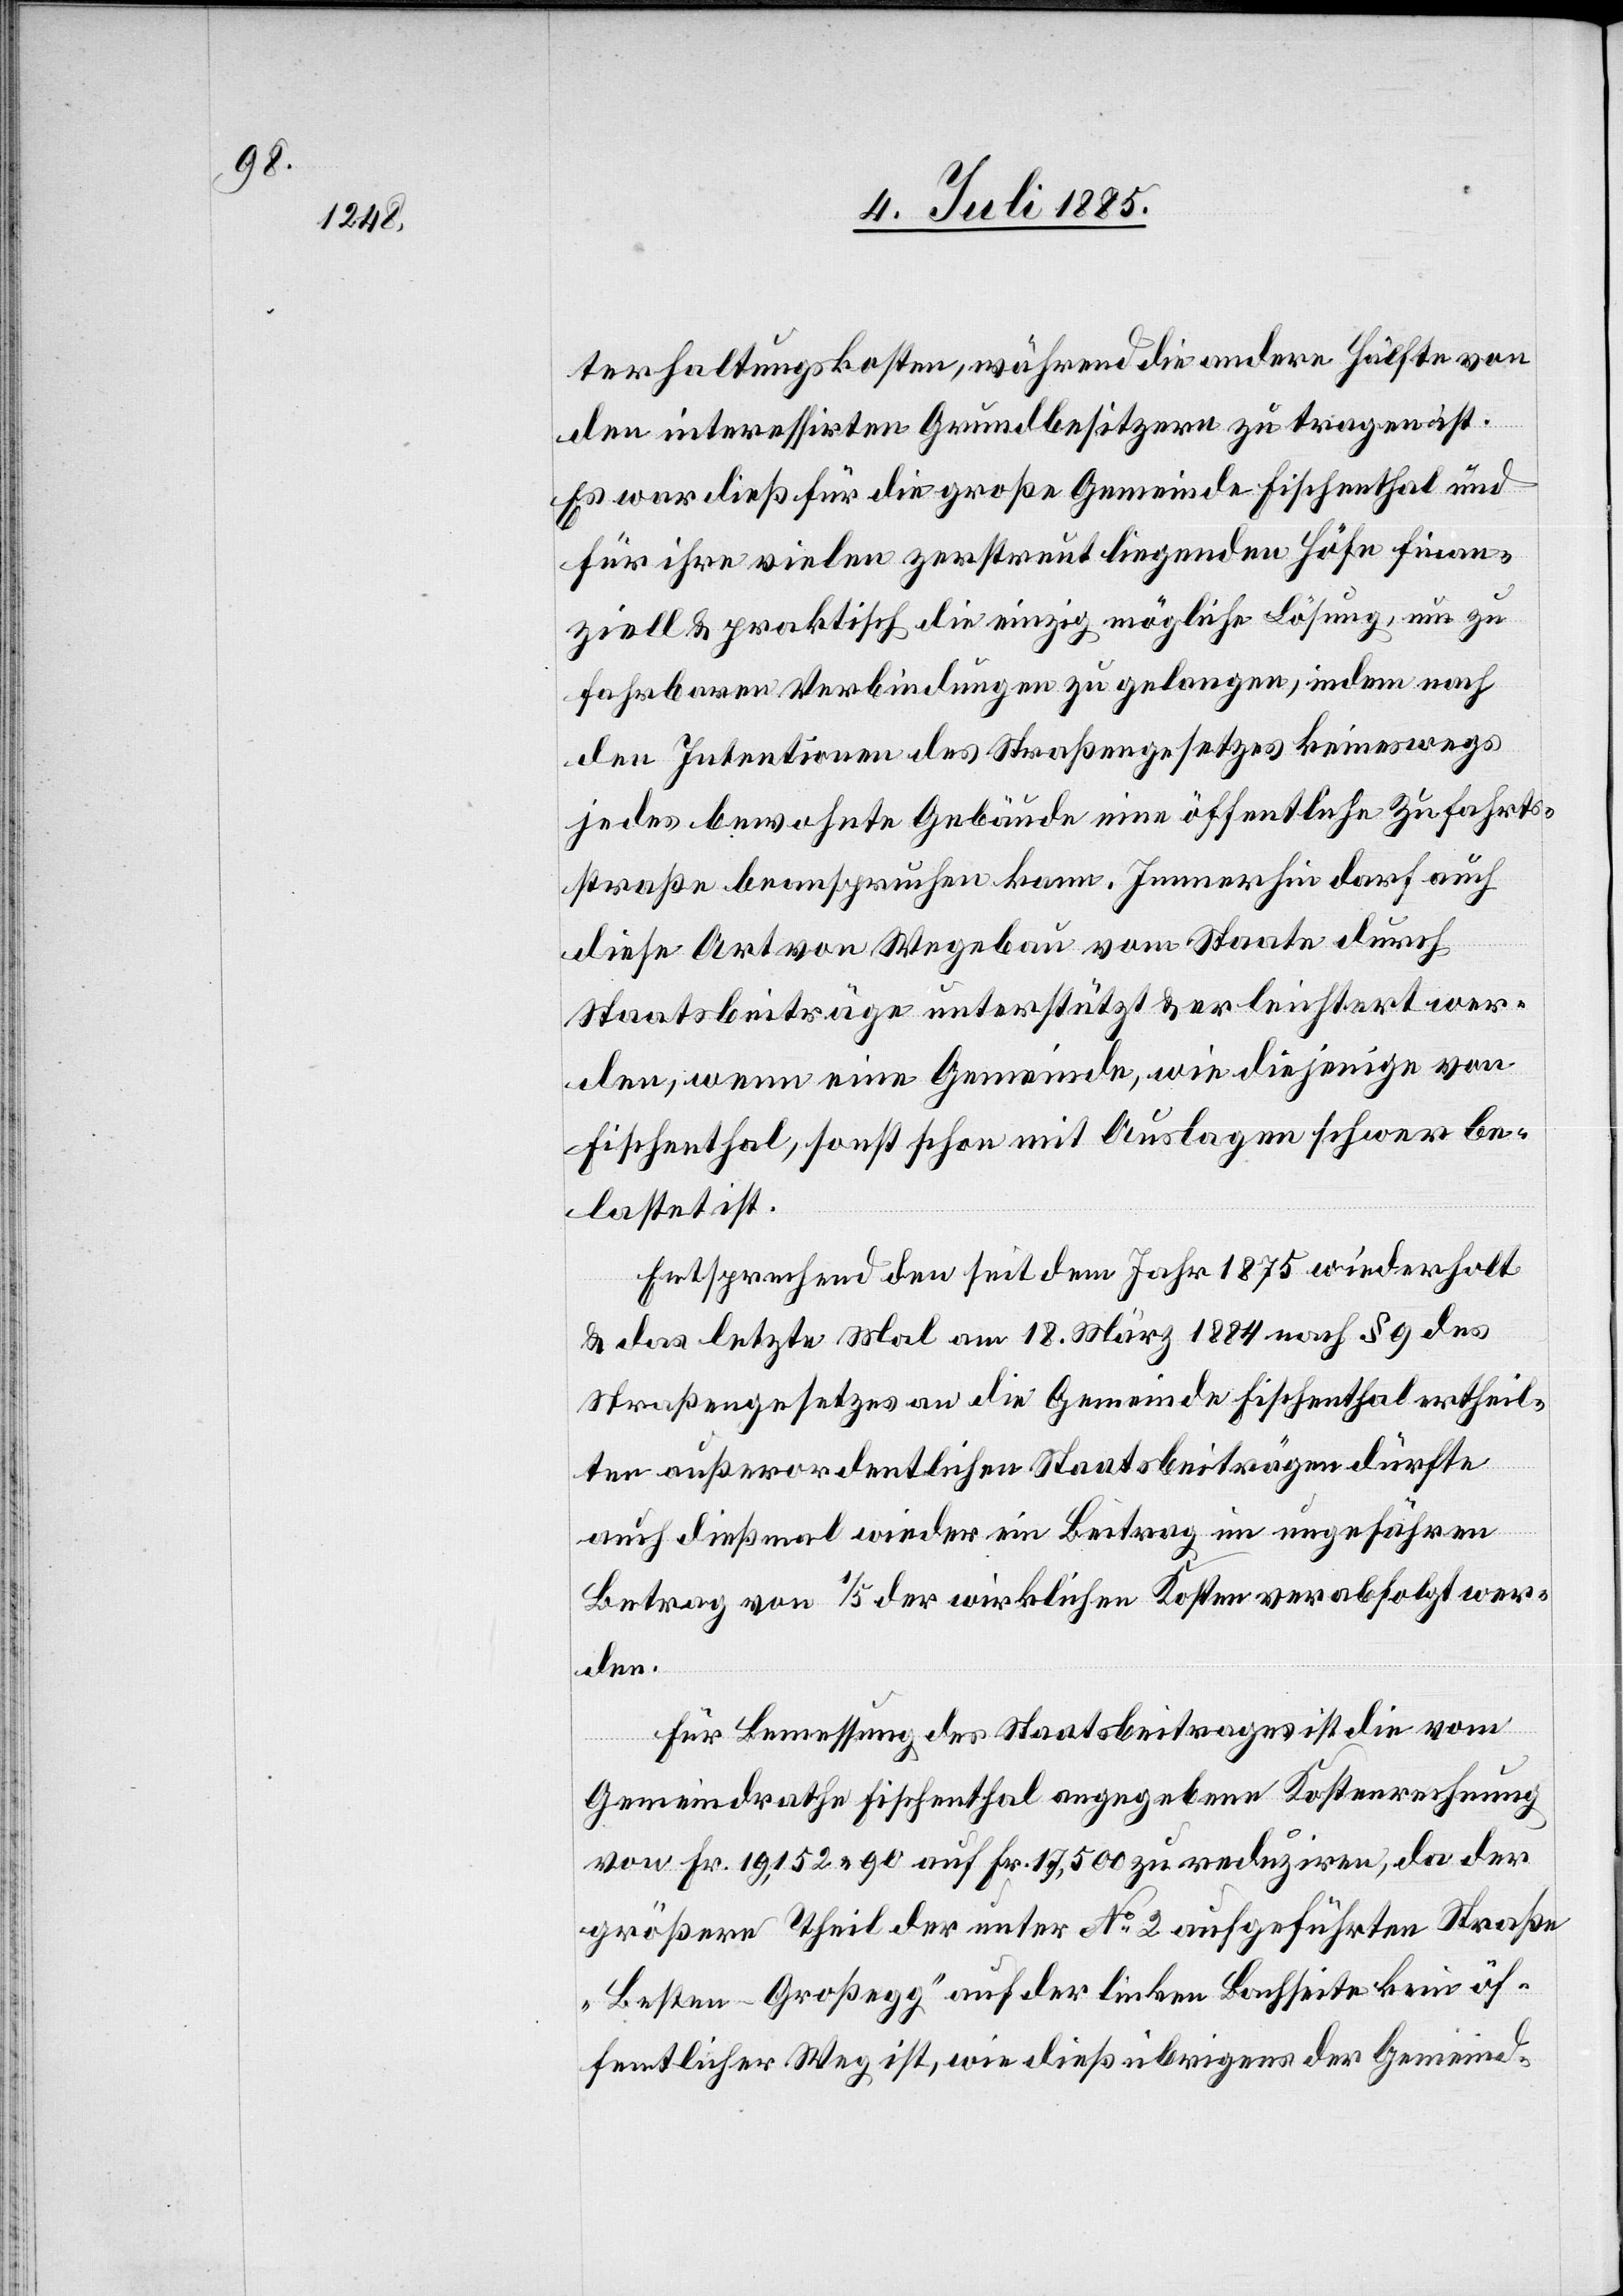
terhaltungskosten, während die andere Hälfte von
den interessirten Grundbesitzern zu tragen ist.
Es war dieß für die große Gemeinde Fischenthal und
für ihre vielen zerstreut liegenden Höfe finan¬
ziell & praktisch die einzig mögliche Lösung, um zu
fahrbaren Verbindungen zu gelangen, indem nach
den Intentionen des Straßengesetzes keineswegs
jedes bewohnte Gebäude eine öffentliche Zufahrts¬
straße beanspruchen kann. Immerhin darf auch
diese Art von Wegebau vom Staate durch
Staatsbeiträge unterstützt & erleichtert wer¬
den, wenn eine Gemeinde, wie diejenige von
Fischenthal, sonst schon mit Auslagen schwer be¬
lastet ist.
Entsprechend den seit dem Jahr 1875 wiederholt
& das letzte Mal am 18. März 1884 nach § 9 des
Straßengesetzes an die Gemeinde Fischenthal ertheil¬
ten außerordentlichen Staatsbeiträgen dürfte
auch dießmal wieder ein Beitrag im ungefähren
Betrag von 1/5 der wirklichen Kosten verabfolgt wer¬
den.
Für Bemessung des Staatsbeitrages ist die vom
Gemeindrathe Fischenthal angegebene Kostenrechnung
von Fr. 19,152 90 auf Fr. 17,500 zu reduziren, da der
größere Theil der unter No 2 aufgeführten Straße
„Besten–Großegg“ auf der linken Bachseite kein öf¬
fentlicher Weg ist, wie dieß übrigens der Gemeind-